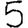
Digit: 5